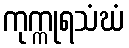
ကုက္ကုရသံဃံ